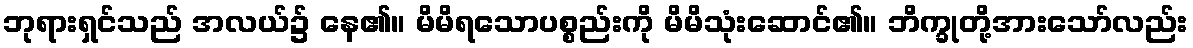
ဘုရားရှင်သည် အလယ်၌ နေ၏။ မိမိရသောပစ္စည်းကို မိမိသုံးဆောင်၏။ ဘိက္ခုတို့အားသော်လည်း